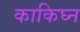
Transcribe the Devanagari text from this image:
काकिघ्न